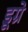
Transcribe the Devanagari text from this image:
डूग्रे